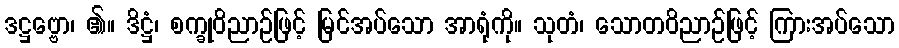
ဒဋ္ဌဗ္ဗော၊ ၏။ ဒိဋ္ဌံ၊ စက္ခုဝိညာဉ်ဖြင့် မြင်အပ်သော အာရုံကို။ သုတံ၊ သောတဝိညာဉ်ဖြင့် ကြားအပ်သော